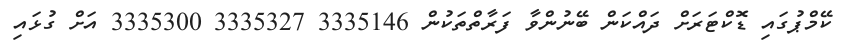
ކޭމްޕުގައި ޑޮކްޓަރަށް ދައްކަން ބޭނުންވާ ފަރާތްތަކުން 3335146 3335327 3335300 އަށް ގުޅައި